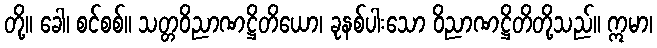
တို့။ ခေါ၊ စင်စစ်။ သတ္တဝိညာဏဋ္ဌိတိယော၊ ခုနစ်ပါးသော ဝိညာဏဋ္ဌိတိတို့သည်။ ဣမာ၊